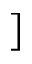
]